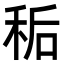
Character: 𫀱